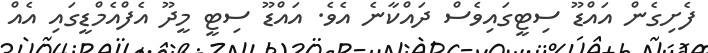
ފެށިގެން އައްޑޫ ސިޓީގައިވެސް ދައްކާނެ އެވެ. އައްޑޫ ސިޓީ މީދޫ އެފްއެމްޑީގައި އެއް